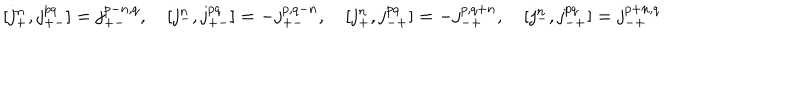
LaTeX: [ j _ { + } ^ { n } , j _ { + - } ^ { p q } ] = j _ { + - } ^ { p - n , q } , \quad [ j _ { - } ^ { n } , j _ { + - } ^ { p q } ] = - j _ { + - } ^ { p , q - n } , \quad [ j _ { + } ^ { n } , j _ { - + } ^ { p q } ] = - j _ { - + } ^ { p , q + n } , \quad [ j _ { - } ^ { n } , j _ { - + } ^ { p q } ] = j _ { - + } ^ { p + n , q }